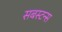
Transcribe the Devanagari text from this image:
सबस्टन्स